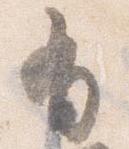
有